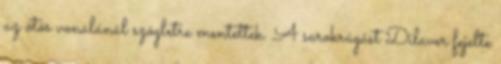
az ötös vonalánál szögletre mentettek. A sarokrúgást Dilaver fejelte